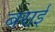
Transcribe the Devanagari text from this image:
बराई